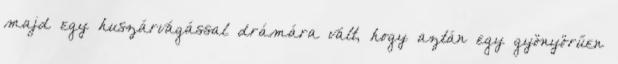
majd egy huszárvágással drámára vált, hogy aztán egy gyönyörűen